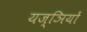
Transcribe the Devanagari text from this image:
यज्ञियों